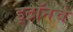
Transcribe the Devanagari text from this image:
इटॉनचे